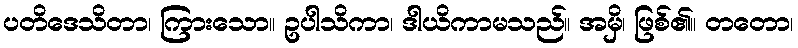
ပတိဒေသိတာ၊ ကြားသော။ ဥပါသိကာ၊ ဒါယိကာမသည်။ အမှိ၊ ဖြစ်၏။ တတော၊